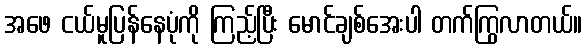
အဖေ ငယ်မူပြန်နေပုံကို ကြည့်ပြီး မောင်ချစ်အေးပါ တက်ကြွလာတယ်။